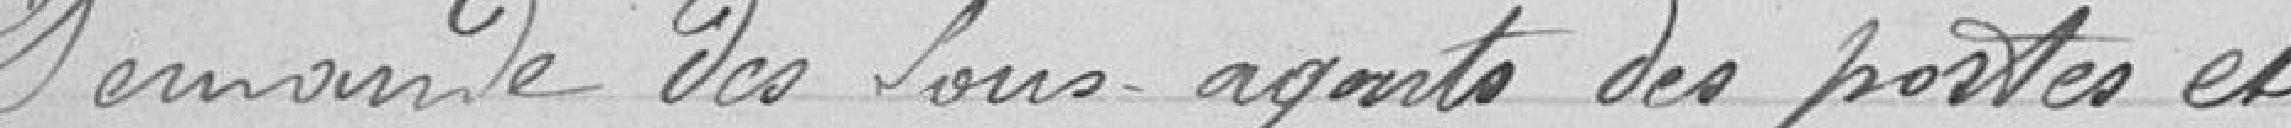
Demande des sous-agents des postes et